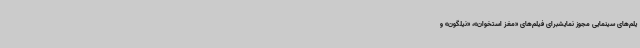
یلم‌های سینمایی مجوز نمایشبرای فیلم‌های «مغز استخوان»، «نیلگون» و